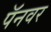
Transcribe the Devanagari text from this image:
पॅनवर